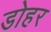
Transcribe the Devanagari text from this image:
डोहर